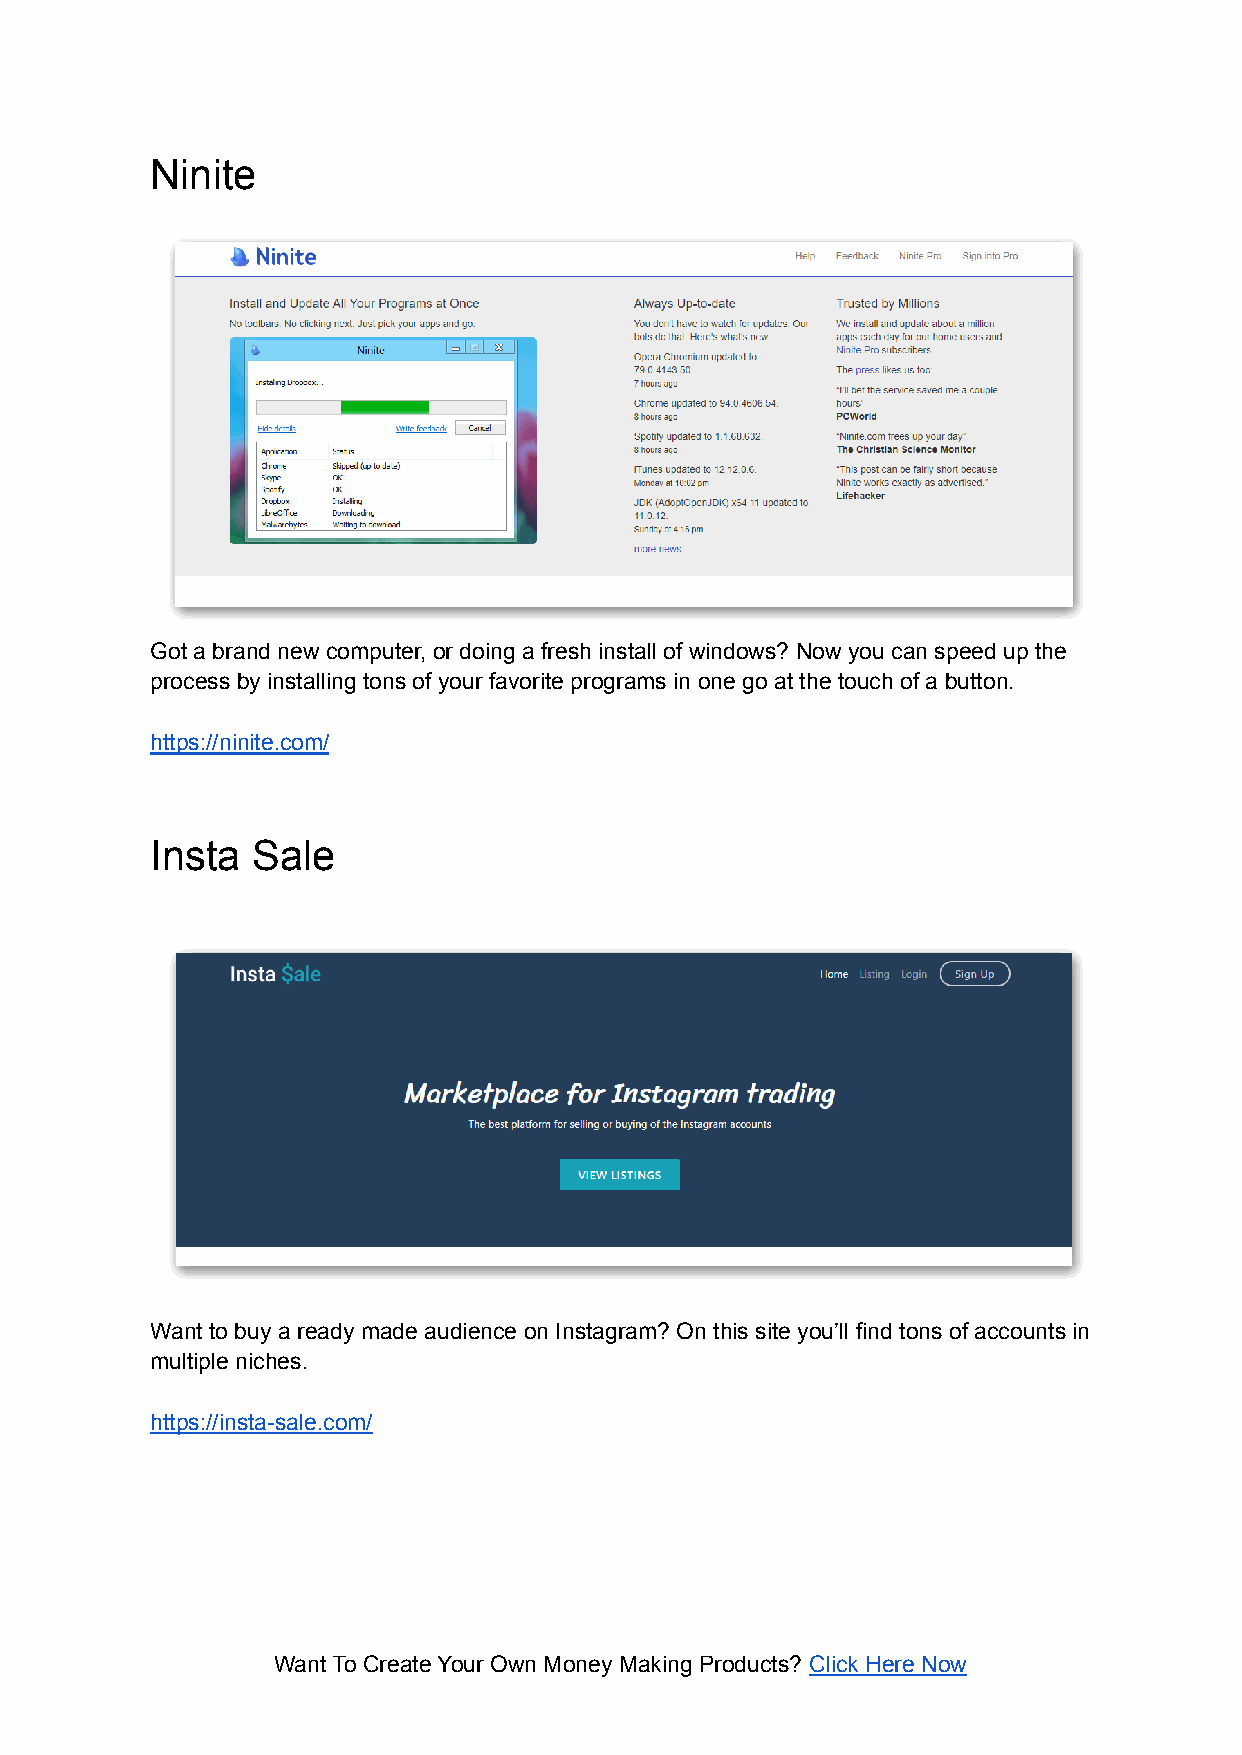
Ninite
 Got a brand new computer, or doing a fresh install of windows? Now you can speed up the
 process by installing tons of your favorite programs in one go at the touch of a button.
 https://ninite.com/
 Insta  Sale
 Want to buy a ready made audience on Instagram? On this site you’ll find tons of accounts in
 multiple niches.
 https://insta-sale.com/
 Want To Create Your Own Money Making Products? Click Here Now